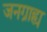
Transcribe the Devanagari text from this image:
जनग्राह्य